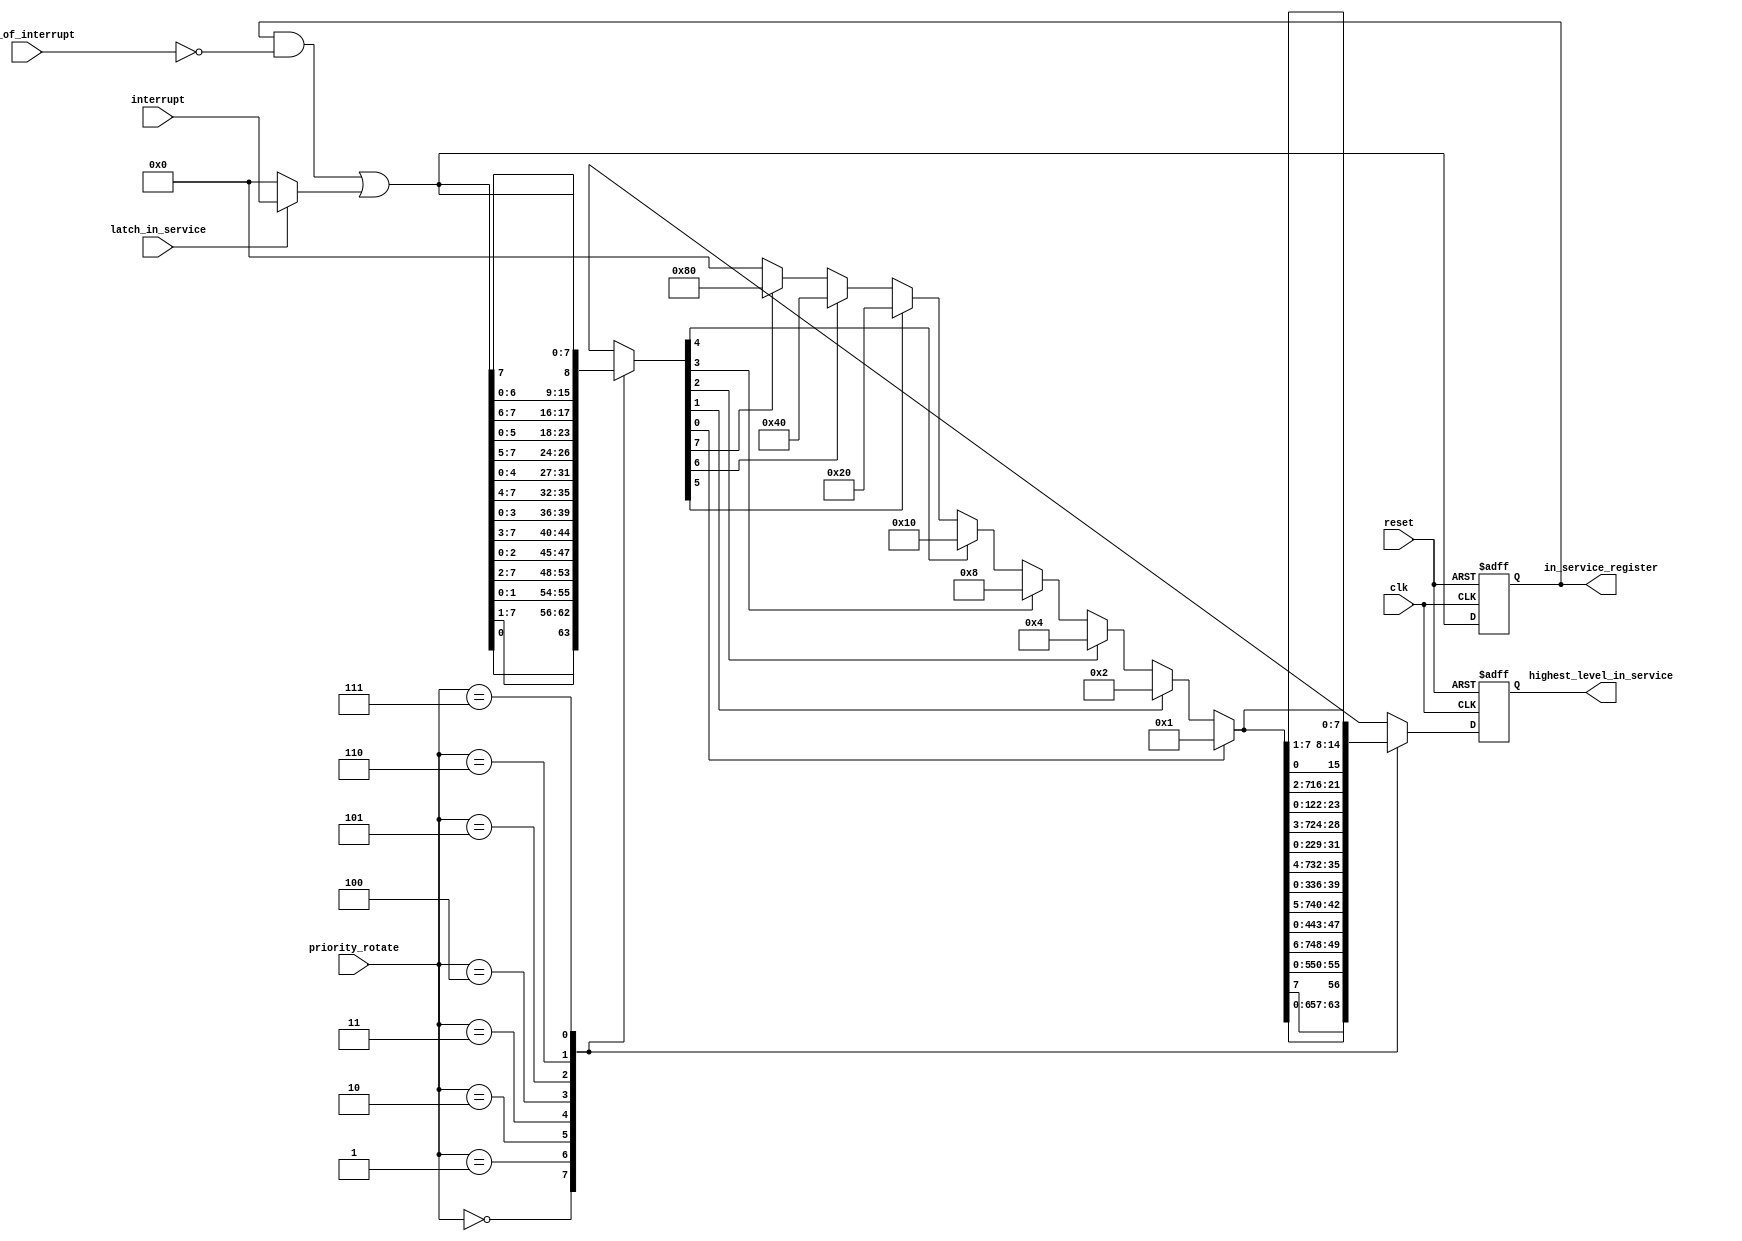
module In_Service_register (
    input   wire           clk,
    input   wire           reset,

    // Inputs
    input   wire   [2:0]   priority_rotate,
    input   wire   [7:0]   interrupt,
    input   wire           latch_in_service,
    input   wire   [7:0]   end_of_interrupt,

    // Outputs
    output  reg   [7:0]   in_service_register,
    output  reg   [7:0]   highest_level_in_service
);

     function  [7:0] rotate(input [7:0] register, input [2:0] rotate_no);
      case (rotate_no)
          3'b000:  rotate = { register[0], register[7:1]}; 
          3'b001:  rotate = { register[1:0], register[7:2]};
          3'b010:  rotate = { register[2:0], register[7:3]};
          3'b011:  rotate = { register[3:0], register[7:4]};
          3'b100:  rotate = { register[4:0], register[7:5]};
          3'b101:  rotate = { register[5:0], register[7:6]};
          3'b110:  rotate = { register[6:0], register[7]};
          3'b111:  rotate = register;
          default: rotate = register;
          endcase
  endfunction


  function  [7:0] un_rotate(input [7:0] register, input [2:0] rotate_no);
      case (rotate_no)
          3'b000:  un_rotate = { register[6:0], register[7]}; 
          3'b001:  un_rotate = { register[5:0], register[7:6]};
          3'b010:  un_rotate = { register[4:0], register[7:5]};
          3'b011:  un_rotate = { register[3:0], register[7:4]};
          3'b100:  un_rotate = { register[2:0], register[7:3]};
          3'b101:  un_rotate = { register[1:0], register[7:2]};
          3'b110:  un_rotate = { register[0],   register[7:1]};
          3'b111:  un_rotate = register;
          default: un_rotate = register;
          endcase
  endfunction

function  [7:0] priority_resolve(input [7:0] register);
    if      (register[0] == 1'b1)        priority_resolve = 8'b00000001;
    else if (register[1] == 1'b1)        priority_resolve = 8'b00000010;
    else if (register[2] == 1'b1)        priority_resolve = 8'b00000100;
    else if (register[3] == 1'b1)        priority_resolve = 8'b00001000;
    else if (register[4] == 1'b1)        priority_resolve = 8'b00010000;
    else if (register[5] == 1'b1)        priority_resolve = 8'b00100000;
    else if (register[6] == 1'b1)        priority_resolve = 8'b01000000;
    else if (register[7] == 1'b1)        priority_resolve = 8'b10000000;
    else                                 priority_resolve = 8'b00000000;
endfunction

    //
    // In service register
    //
    wire  [7:0]   next_in_service_register;

    assign next_in_service_register = (in_service_register & ~end_of_interrupt)
                                     | (latch_in_service == 1'b1 ? interrupt : 8'b00000000);

    always@(negedge clk, posedge reset) begin
        if (reset)
            in_service_register <= 8'b00000000;
        else
            in_service_register <= next_in_service_register;
    end

    //
    // Get Highst level in service
    //
    reg   [7:0]   next_highest_level_in_service;

    always@(*) begin
        next_highest_level_in_service = next_in_service_register;
        next_highest_level_in_service = rotate(next_highest_level_in_service, priority_rotate);
        next_highest_level_in_service = priority_resolve(next_highest_level_in_service);
        next_highest_level_in_service = un_rotate(next_highest_level_in_service, priority_rotate);
    end

    always @(negedge clk, posedge reset) begin
        if (reset)
            highest_level_in_service <= 8'b00000000;
        else
            highest_level_in_service <= next_highest_level_in_service;
            end
endmodule